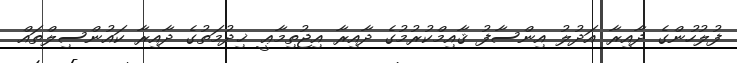
ފުލުހުންގެ ދާއިރާ އަދުލު އިންސާފު ޤާއިމްކުރުމުގެ ދާއިރާ އިޖުތިމާޢީ ޚިދުމަތުގެ ދާއިރާ ކައުންސިލްތައް